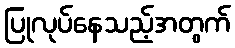
ပြုလုပ်နေသည့်အတွက်